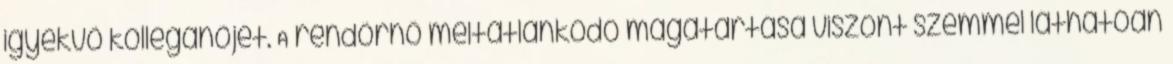
igyekvõ kolléganõjét. A rendõrnõ méltatlankodó magatartása viszont szemmel láthatóan